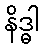
နိဒ္ဓါ